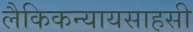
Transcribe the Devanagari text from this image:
लैकिकन्यायसाहसी